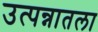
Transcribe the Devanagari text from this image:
उत्पन्नातला